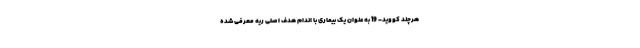
هرچند کووید- 19 به عنوان یک بیماری با اندام هدف اصلی ریه معرفی شده